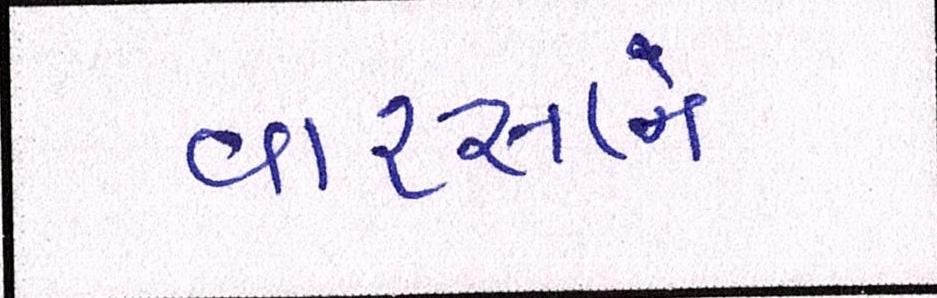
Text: વારસાને